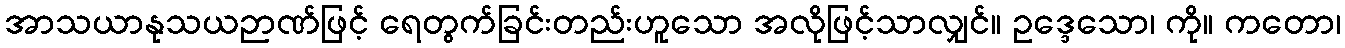
အာသယာနုသယဉာဏ်ဖြင့် ရေတွက်ခြင်းတည်းဟူသော အလိုဖြင့်သာလျှင်။ ဥဒ္ဒေသော၊ ကို။ ကတော၊